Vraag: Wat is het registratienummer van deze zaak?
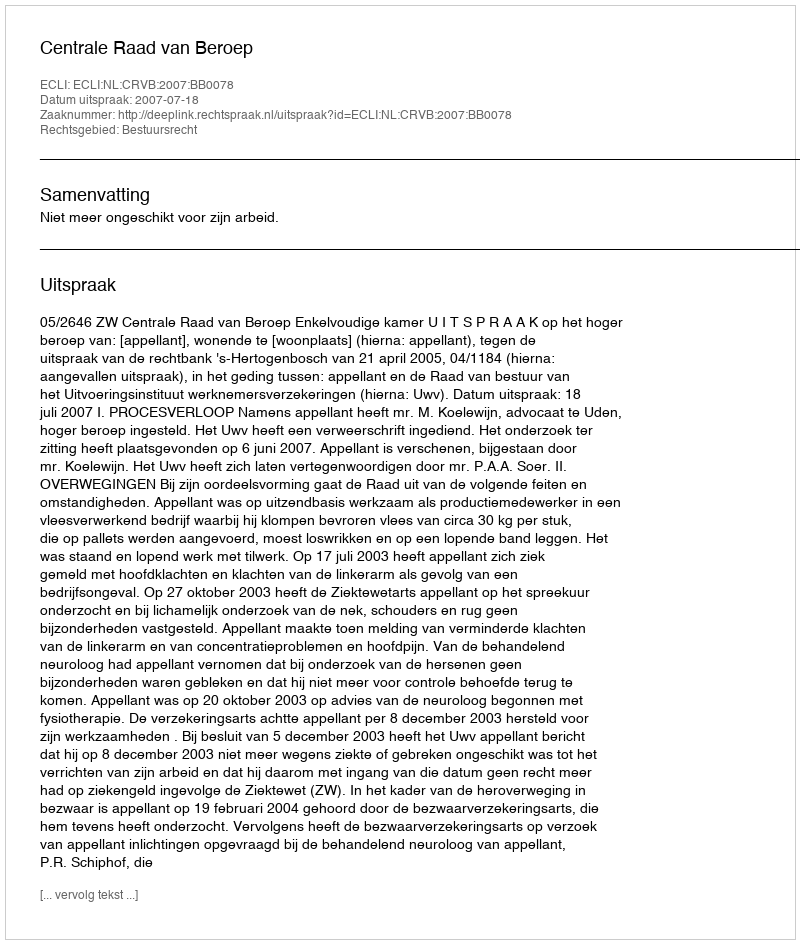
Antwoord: http://deeplink.rechtspraak.nl/uitspraak?id=ECLI:NL:CRVB:2007:BB0078